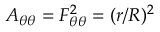
A _ { \theta \theta } = F _ { \theta \theta } ^ { 2 } = ( r / R ) ^ { 2 }